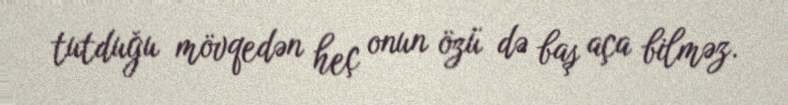
tutduğu mövqedən heç onun özü də baş aça bilməz.